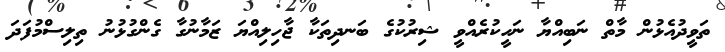
ތަވީދުއެޅުން މާތް ނަބިއްޔާ ނަހީކުރެއްވީ ޝިރުކުގެ ބަނދިތަކާ ޖާހިލިއްޔަ ޒަމާނުގާ ގެންގުޅުނު ތިލިސްމުފަދަ